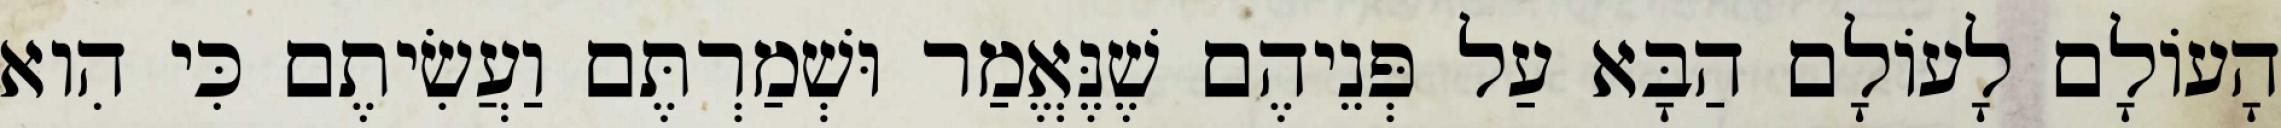
הָעוֹלָם לָעוֹלָם הַבָּא עַל פְּנֵיהֶם שֶׁנֶּאֱמַר וּשְׁמַרְתֶּם וַעֲשִׂיתֶם כִּי הִוא